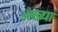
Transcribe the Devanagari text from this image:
अंख्या